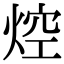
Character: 焢